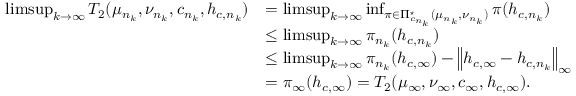
\begin{array} { r l } { \operatorname* { l i m s u p } _ { k \rightarrow \infty } T _ { 2 } ( \mu _ { n _ { k } } , \nu _ { n _ { k } } , c _ { n _ { k } } , h _ { c , { n _ { k } } } ) } & { = \operatorname* { l i m s u p } _ { k \rightarrow \infty } \operatorname* { i n f } _ { \pi \in \Pi _ { c _ { n _ { k } } } ^ { \star } ( \mu _ { n _ { k } } , \nu _ { n _ { k } } ) } \pi ( h _ { c , { n _ { k } } } ) } \\ & { \leq \operatorname* { l i m s u p } _ { k \rightarrow \infty } \pi _ { n _ { k } } ( h _ { c , { n _ { k } } } ) } \\ & { \leq \operatorname* { l i m s u p } _ { k \rightarrow \infty } \pi _ { n _ { k } } ( h _ { c , { \infty } } ) - \left\| h _ { c , { \infty } } - h _ { c , { n _ { k } } } \right\| _ { \infty } } \\ & { = \pi _ { \infty } ( h _ { c , { \infty } } ) = T _ { 2 } ( \mu _ { \infty } , \nu _ { \infty } , c _ { \infty } , h _ { c , { \infty } } ) . } \end{array}